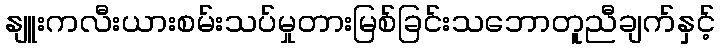
နျူးကလီးယားစမ်းသပ်မှုတားမြစ်ခြင်းသဘောတူညီချက်နှင့်